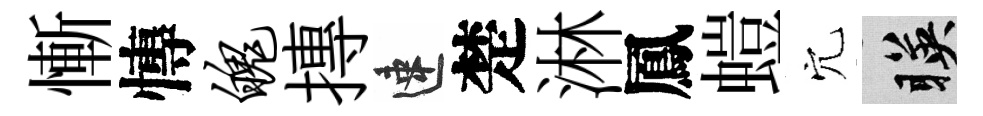
慚慱魄摶速楚淋鳳螘穴暎